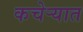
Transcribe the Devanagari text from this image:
कचेर्‍यात